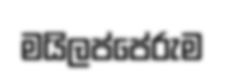
මයිලප්පේරුම